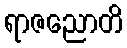
ရာဇညောတိ